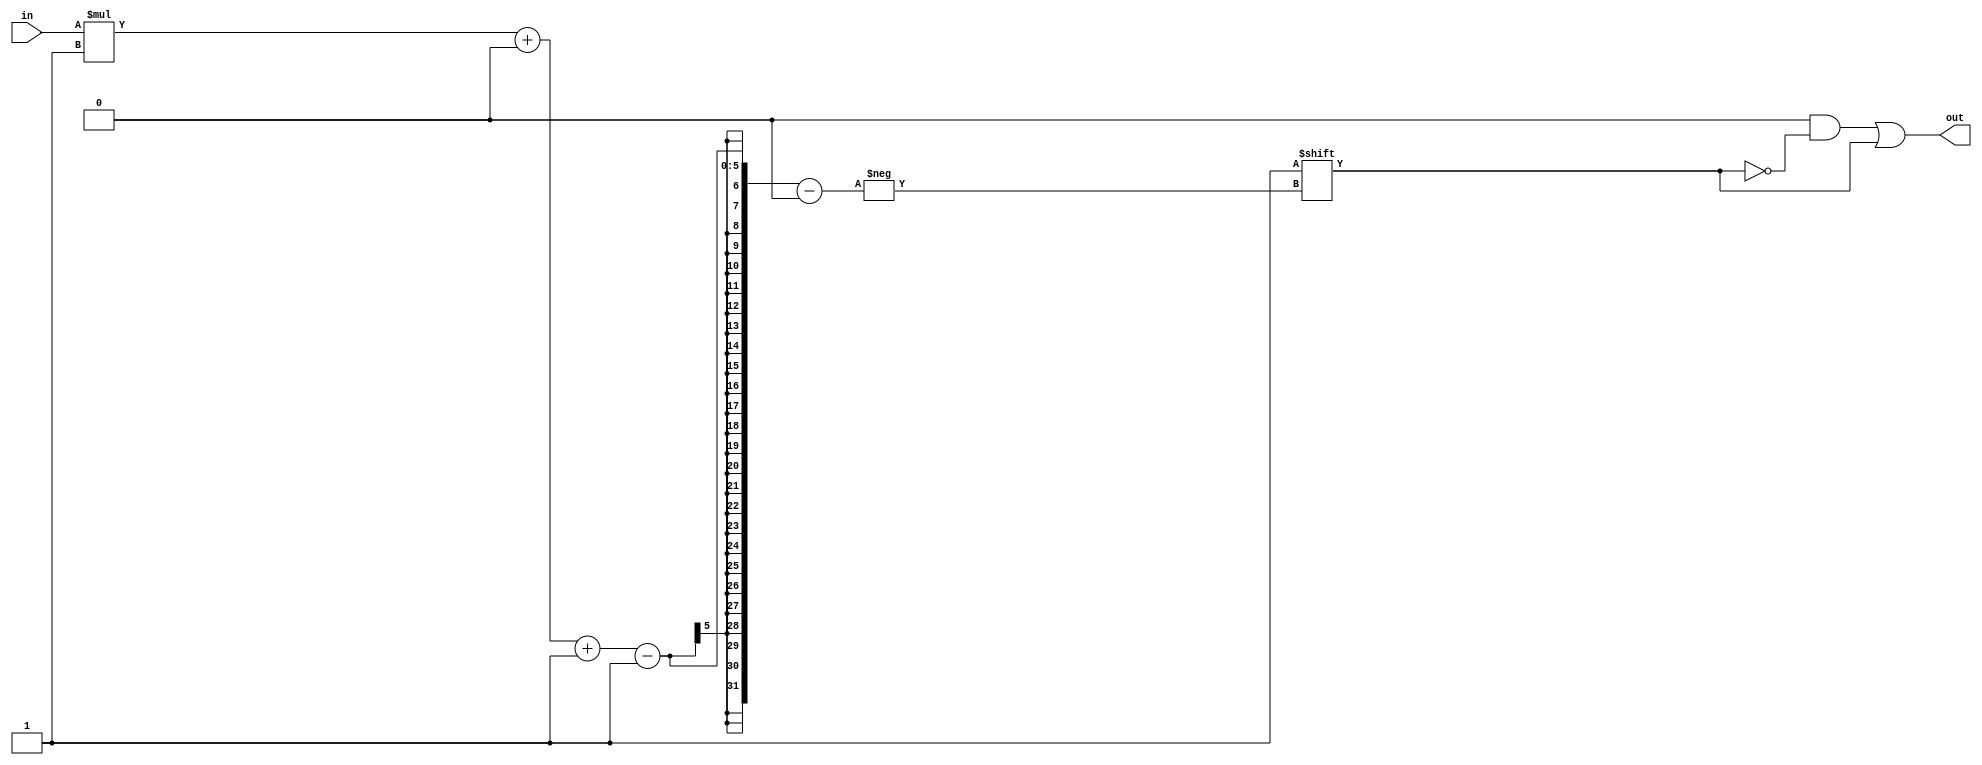
/*
   This file was generated automatically by the Mojo IDE version B1.3.6.
   Do not edit this file directly. Instead edit the original Lucid source.
   This is a temporary file and any changes made to it will be destroyed.
*/

/*
   Parameters:
     WIDTH = DIGIT_BITS
*/
module decoder_11 (
    input [1:0] in,
    output reg [3:0] out
  );
  
  localparam WIDTH = 2'h2;
  
  
  always @* begin
    out = 1'h0;
    out[(in)*1+0-:1] = 1'h1;
  end
endmodule